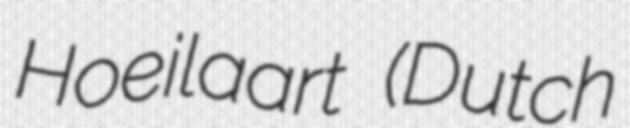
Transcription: Hoeilaart (Dutch